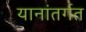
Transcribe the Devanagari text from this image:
यानांतर्गत